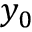
y _ { 0 }